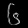
Digit: ၆